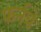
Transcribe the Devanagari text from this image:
फर्नचे